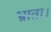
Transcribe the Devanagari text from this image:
भ्राता।